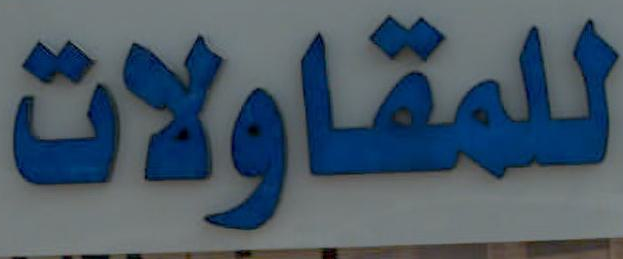
للمقاولات